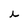
Character: h